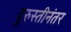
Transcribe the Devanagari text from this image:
दुरुस्तीनंतर